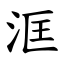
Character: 洭